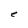
Character: e